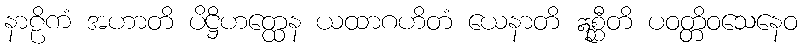
နာဠိကံ အဟာတိ ပိဋ္ဌိဟတ္ထေန ယထာဂဟိတံ ယေနာတိ ဣစ္ဆီတိ ပဝတ္တိဝသေနေဝ